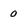
Character: 0